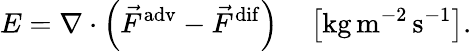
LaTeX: E=\nabla\cdot\left(\vec{F}^{\mathrm{adv}}-\vec{F}^{\mathrm{dif}}\right)\quad\left[\mathrm{kg}\, \mathrm{m}^{-2}\, \mathrm{s}^{-1}\right].